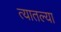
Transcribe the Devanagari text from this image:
त्‍यातल्‍या